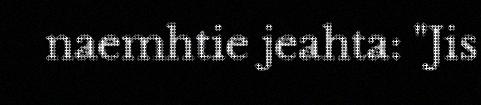
naemhtie jeahta: "Jis